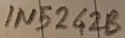
Text: IN5242B